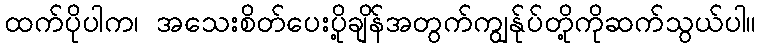
ထက်ပိုပါက၊ အသေးစိတ်ပေးပို့ချိန်အတွက်ကျွန်ုပ်တို့ကိုဆက်သွယ်ပါ။